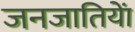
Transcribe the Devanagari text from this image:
जनजातियाें